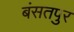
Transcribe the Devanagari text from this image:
बंसतपुर